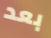
بعد